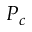
P _ { c }